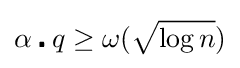
\alpha \centerdot q\geq \omega ({\sqrt {\log n}})